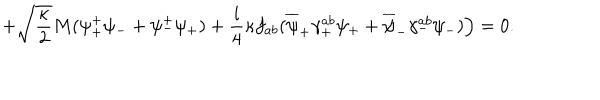
LaTeX: + \sqrt { \frac { \kappa } { 2 } } M ( \psi _ { + } ^ { + } \psi _ { - } + \psi _ { - } ^ { + } \psi _ { + } ) + \frac { i } { 4 } \kappa f _ { a b } ( \overline { { { \psi } } } _ { + } \gamma _ { + } ^ { a b } \psi _ { + } + \overline { { { \psi } } } _ { - } \gamma _ { - } ^ { a b } \psi _ { - } ) \Big ) = 0 .